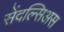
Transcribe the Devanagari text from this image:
सेंदल्सिअस